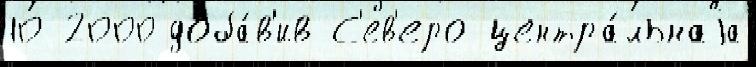
10 2000 доба́в'ив С'ев'еро-центра́льнаjа